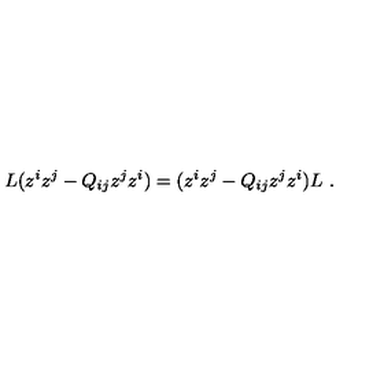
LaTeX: L ( z ^ { i } z ^ { j } - Q _ { i j } z ^ { j } z ^ { i } ) = ( z ^ { i } z ^ { j } - Q _ { i j } z ^ { j } z ^ { i } ) L \ .